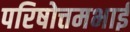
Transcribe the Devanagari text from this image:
परिषोत्तमभाई